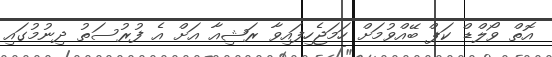
އޮތް ވޯލްޑް ކަޕް ބޭއްވުމަށް ހަމަޖެހިފައިވާ ރަޝިއާ އަށް އެ ފުރުސަތު ދިނުމުގައި